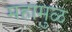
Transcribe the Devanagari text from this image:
महामुळ